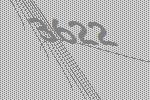
3622